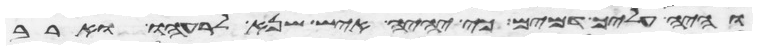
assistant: והיה עליך דמים כי יהיה איש שנא לרעהו וארב